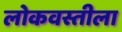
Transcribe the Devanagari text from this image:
लोकवस्तीला